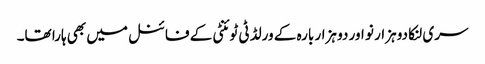
سری لنکا دو ہزار نو اور دو ہزار بارہ کے ورلڈ ٹی ٹوئنٹی کے فائنل میں بھی ہارا تھا۔